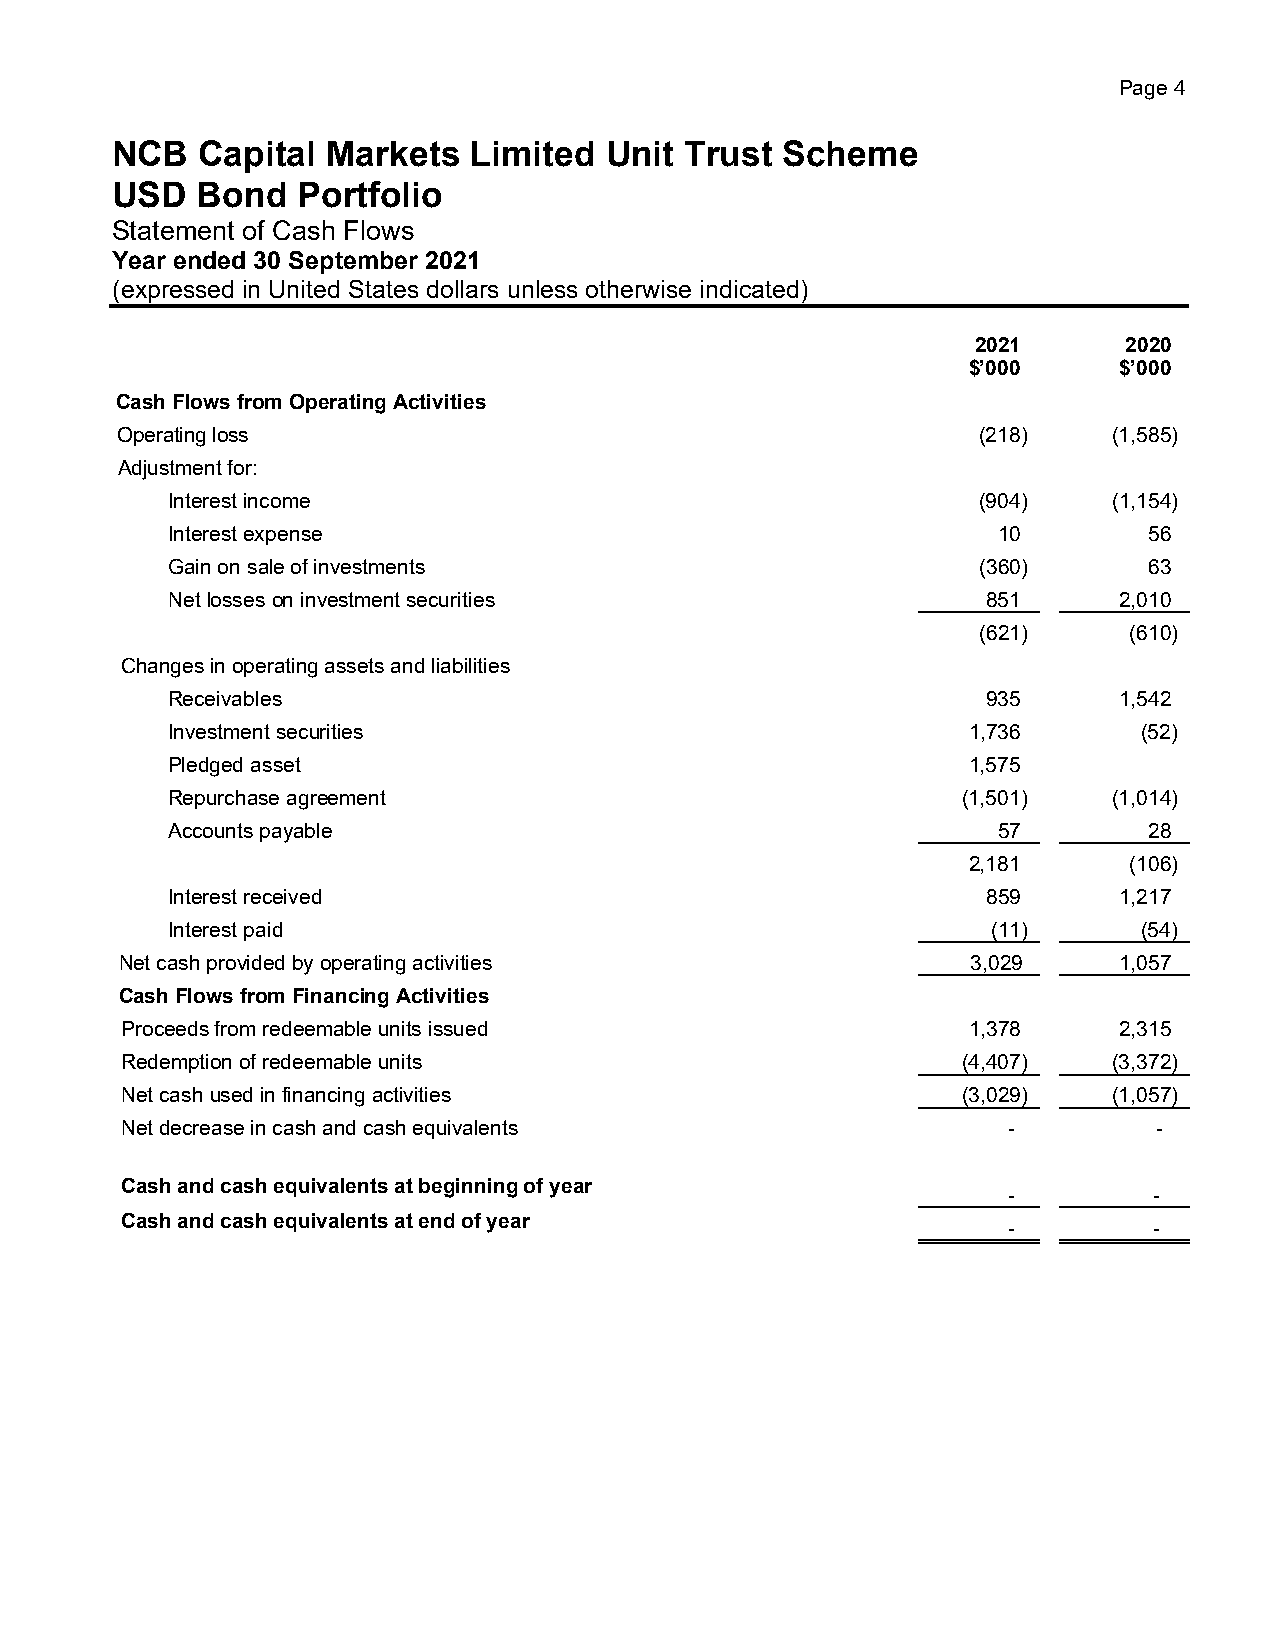
Page 4
 NCB   Capital  Markets  Limited  Unit Trust  Scheme
 USD   Bond   Portfolio
 Statement of Cash Flows
 Year ended 30 September 2021
 (expressed in United States dollars unless otherwise indicated)
 2021     2020
 $’000     $’000
 Cash Flows from Operating Activities
 Operating loss                                           (218)    (1,585)
 Adjustment for:
 Interest income                                       (904)    (1,154)
 Interest expense                                       10        56
 Gain on sale of investments                           (360)      63
 Net losses on investment securities                   851      2,010
 (621)     (610)
 Changes in operating assets and liabilities
 Receivables                                           935      1,542
 Investment securities                                1,736       (52)
 Pledged asset                                        1,575
 Repurchase agreement                                 (1,501)   (1,014)
 Accounts payable                                       57        28
 2,181      (106)
 Interest received                                     859      1,217
 Interest paid                                          (11)      (54)
 Net cash provided by operating activities               3,029     1,057
 Cash Flows from Financing Activities
 Proceeds from redeemable units issued                   1,378     2,315
 Redemption of redeemable units                          (4,407)   (3,372)
 Net cash used in financing activities                   (3,029)   (1,057)
 Net decrease in cash and cash equivalents                  -         -
 Cash and cash equivalents at beginning of year
 -        -
 Cash and cash equivalents at end of year                   -        -